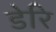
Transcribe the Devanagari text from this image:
डेरि